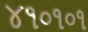
૪૧૦૧૦૧